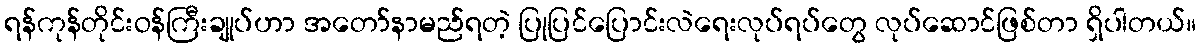
ရန်ကုန်တိုင်းဝန်ကြီးချုပ်ဟာ အတော်နာမည်ရတဲ့ ပြုပြင်ပြောင်းလဲရေးလုပ်ရပ်တွေ လုပ်ဆောင်ဖြစ်တာ ရှိပါတယ်။